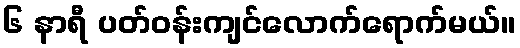
၆ နာရီ ပတ်ဝန်းကျင်လောက်ရောက်မယ်။